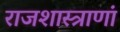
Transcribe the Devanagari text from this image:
राजशास्त्राणां